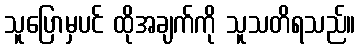
သူပြောမှပင် ထိုအချက်ကို သူသတိရသည်။